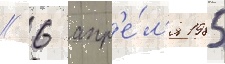
// 6 апр'е́л'я 1985